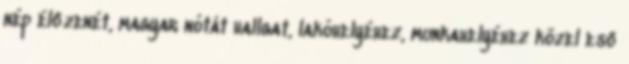
nép élőzenét, magyar nótát hallgat, lakóhelyéhez, munkahelyéhez közel eső